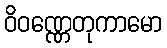
ဝိဝဏ္ဏေတုကာမော